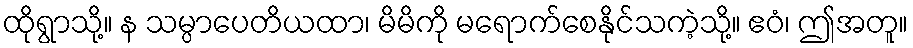
ထိုရွာသို့။ န သမ္ပာပေတိယထာ၊ မိမိကို မရောက်စေနိုင်သကဲ့သို့။ ဧဝံ၊ ဤအတူ။